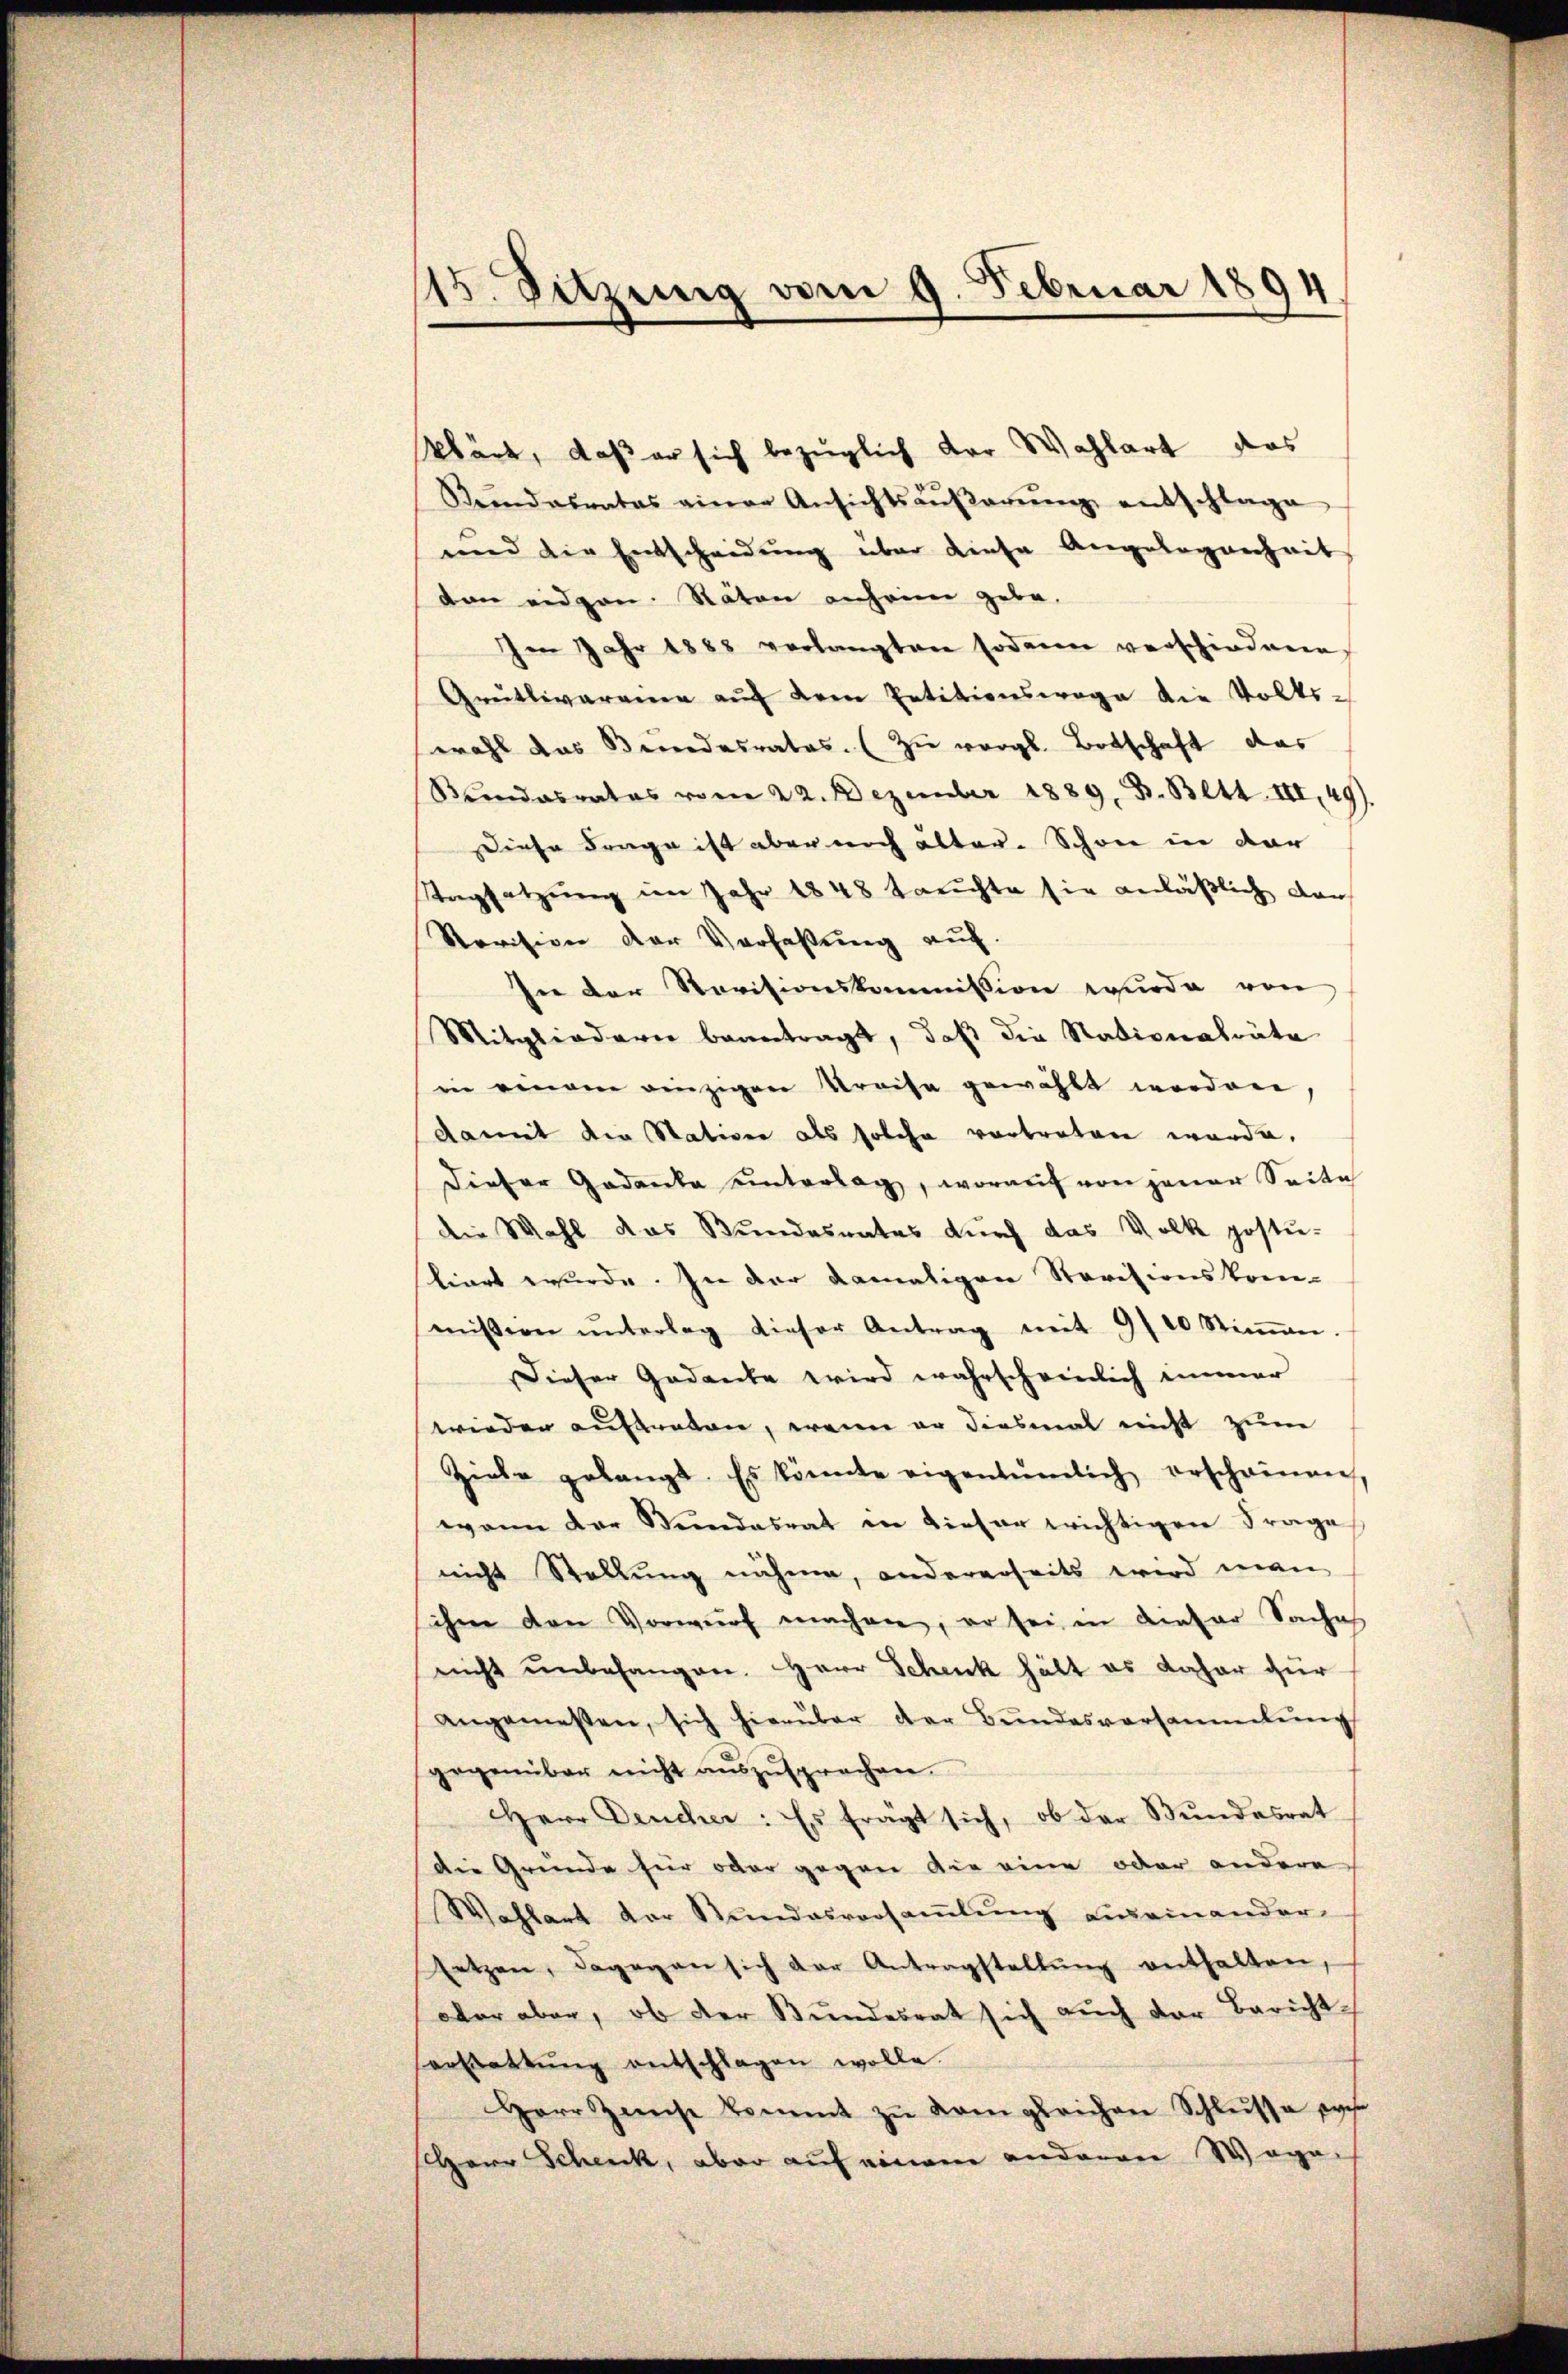
15. Sitzung vom 9. Februar 1894.

klärt, daß er sich bezüglich der Wahlart das
Keindesrates einer Ansichtsaŭβerŭng entschlage
und die Entscheidung über diese Angelegenheit
don eidgen. Stäten anheim gebe.
Im Jahr 1888 verlangten sodann verschiedene
Grütlivaramen auf dem Petitionswage die Volks-
wahl das Benedesrates. (Zu vergl. Botschaft das
Stundesrates vom 22. Dezember 1889. B. Bett. II,49).
Diese Frage ist aber noch älter. Schon in dar
Tagsatzung im Jahr 1848 tauchte sie anläßlich dar
Revision der Verfaßung auf.
In der Revisionskommission wurde von
Mitgliedern beantragt, daß die Nationalräte
in einem einzigen Kreise gewählt werden.
damit die Station als solche vortreten werde,
Dieser Gedanke unterlag, worauf von jener Seite
die Wahl das Bundesrates durch das Volk postu-
stiert wurde. In der damaligen Revisionskom-
miβern ŭnterlag dieser Antrag mit 9/10 Stiṁen.
Dieser Gedanke wird wahrscheinlich immer
wieder aufgraben, wenn er diesmal nicht zum
Ziele gelangt. Es könnte eigentümlich erscheinen,
wann der Stundesrat in dieser wichtigen Frage
nicht Stellung nähme, andererseits wird man
ihme den Vorwurf machen, er sei in dieser Saches
nicht unbehangen. Herr Schenk hält es daher für
angemessen, sich hierüber der Bŭndesversammlung
gegenüber nicht aŭszŭsprechen.
Herr Deucher: Es fragt sich, ob der Bundesrat
die Gründe für oder gegene die eine oder andere
Wahlart der Stundesversamlung eineinander
setzen, dagegen sich der Antragstellŭng enthalten,
aber aber, ob der Bundesrat sich auch der Bericht-
orstattŭng entschlagen wolle.
Herr Zinse kommt zŭ dem gleichen Schlŭsse wese
Herr Schenk, aber auf einem anderen Wage